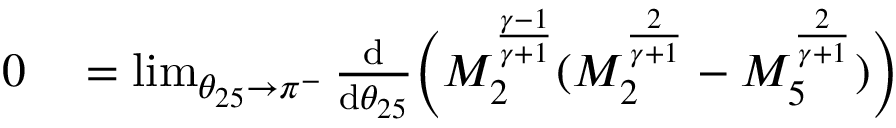
\begin{array} { r l } { 0 } & { { } = \operatorname* { l i m } _ { \theta _ { 2 5 } \to \pi ^ { - } } \frac { \mathrm { d } } { \mathrm { d } \theta _ { 2 5 } } \Big ( M _ { 2 } ^ { \frac { \gamma - 1 } { \gamma + 1 } } ( M _ { 2 } ^ { \frac { 2 } { \gamma + 1 } } - M _ { 5 } ^ { \frac { 2 } { \gamma + 1 } } ) \Big ) } \end{array}